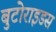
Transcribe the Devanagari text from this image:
बुटोराइडस